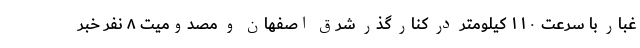
غبار با سرعت ۱۱۰ کیلومتر در کنار گذر شرق اصفهان و مصدومیت ۸ نفر خبر